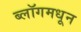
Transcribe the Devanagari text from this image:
ब्लॉगमधून